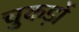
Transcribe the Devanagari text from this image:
चुकड़ों